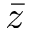
\bar { z }